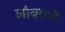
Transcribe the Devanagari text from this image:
लांबवता